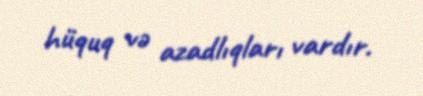
hüquq və azadlıqları vardır.